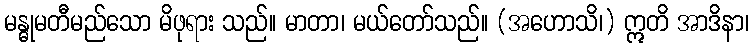
မန္ဓုမတီမည်သော မိဖုရား သည်။ မာတာ၊ မယ်တော်သည်။ (အဟောသိ၊) ဣတိ အာဒိနာ၊